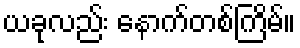
ယခုလည်း နောက်တစ်ကြိမ်။